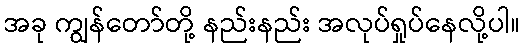
အခု ကျွန်တော်တို့ နည်းနည်း အလုပ်ရှုပ်နေလို့ပါ။